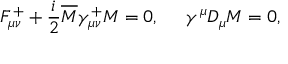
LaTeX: F _ { \mu \nu } ^ { + } + \frac { i } { 2 } \overline { { M } } \gamma _ { \mu \nu } ^ { + } M = 0 , \; \; \; \; \; \gamma ^ { \mu } D _ { \mu } M = 0 ,